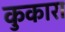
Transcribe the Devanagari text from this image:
कुकारा